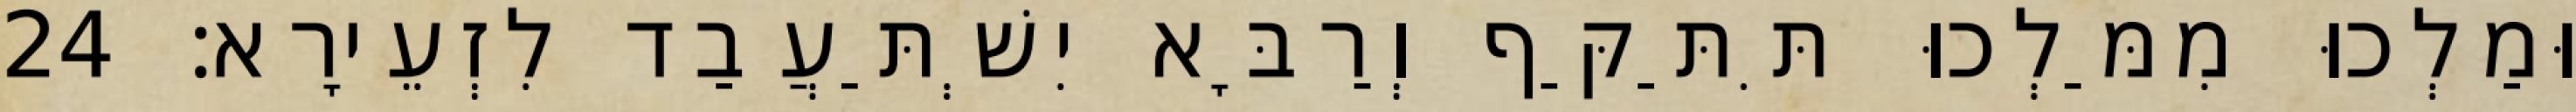
וּמַלְכוּ מִמַּלְכוּ תִּתַּקַּף וְרַבָּא יִשְׁתַּעֲבַד לִזְעֵירָא׃ 24